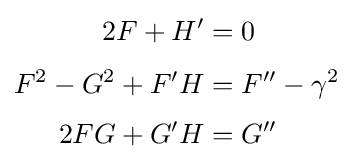
{\begin{aligned}2F+H'&=0\\[3pt]F^{2}-G^{2}+F'H&=F''-\gamma ^{2}\\[3pt]2FG+G'H&=G''\end{aligned}}